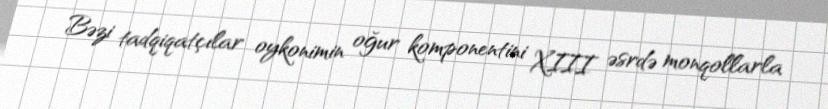
Bəzi tadqiqatçılar oykonimin oğur komponentini XIII əsrdə monqollarla